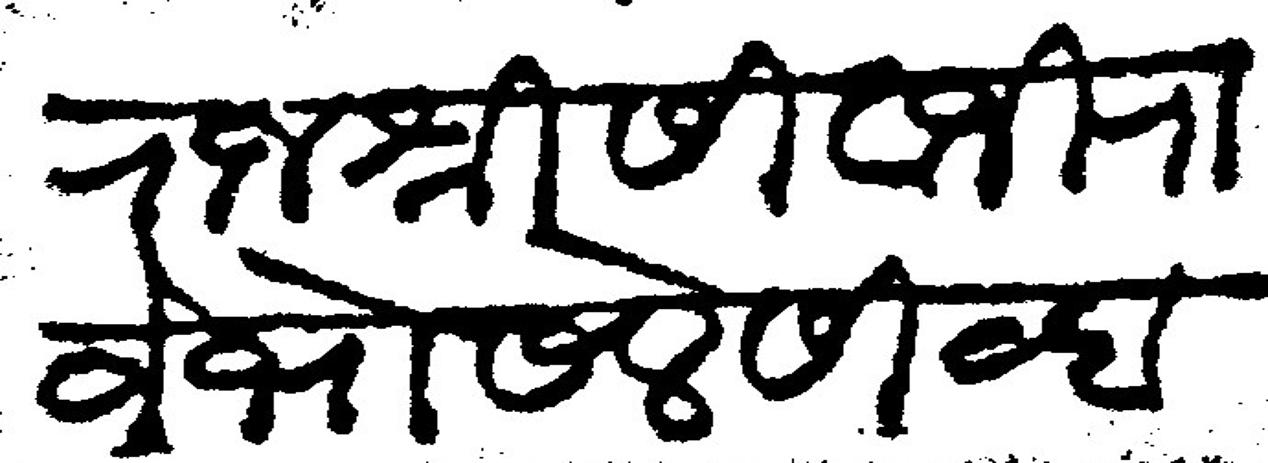
Transliteration (Devanagari): राजश्री सिवाजी राजे भोसले सिंव्हा